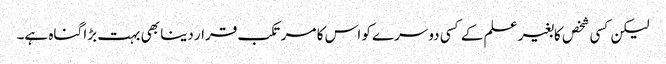
لیکن کسی شخص کابغیر علم کے کسی دوسرے کو اس کا مرتکب قرار دینا بھی بہت بڑا گناہ ہے۔